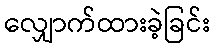
လျှောက်ထားခဲ့ခြင်း